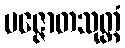
ပဇ္ဇောတသုတ္တံ